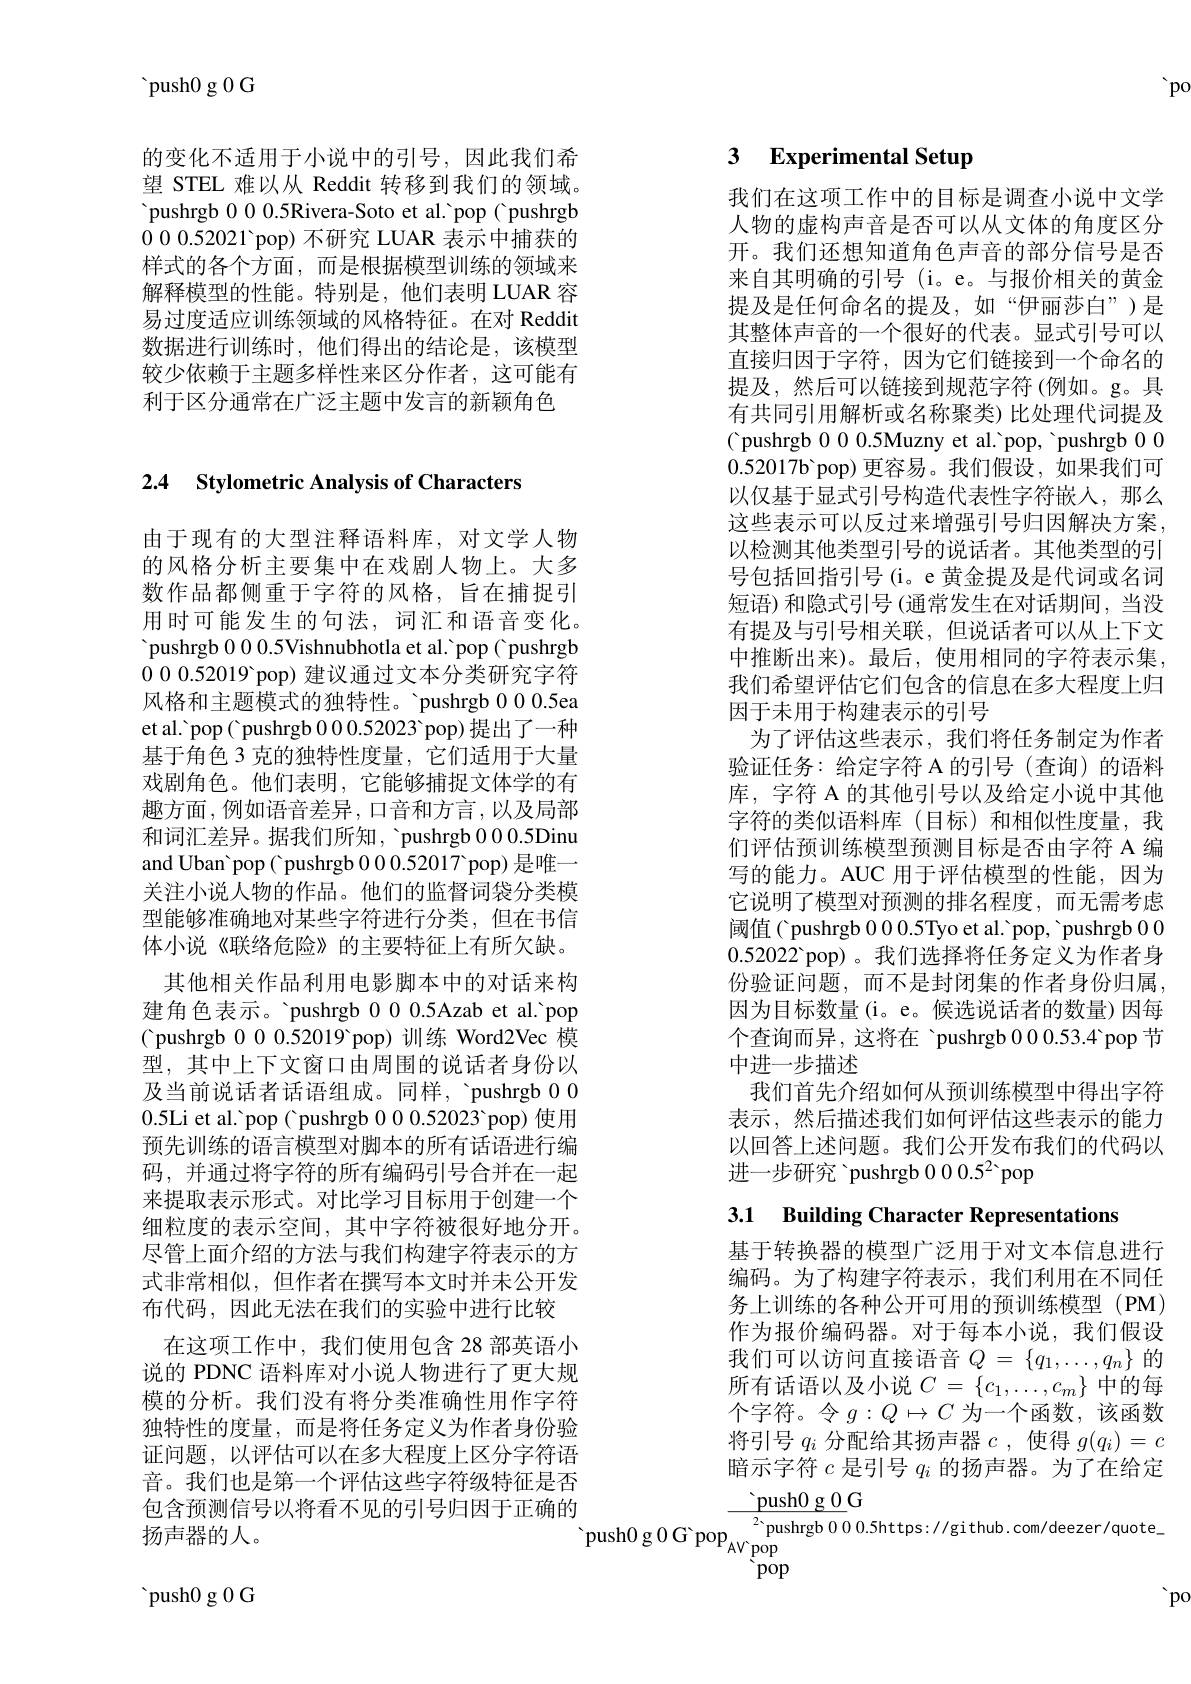
'po

2.4 Stylometric Analysis of Characters

由于现有的大型注释语料库，对文学人物的风格分析主要集中在戏剧人物上。大多数作品都侧重于字符的风格，旨在捕捉引用时可能发生的句法，词汇和语音变化。' pushrgb 000.5Vishnubhotla et al.'pop( pushrgb 0 0 0.52019 pop) 建议通过文本分类研究字符风格和主题模式的独特性。'pushrgb 000.5ea et al. 'pop( 'pushrgb 0 0 0.52023 'pop) 提出了一种基于角色 3 克的独特性度量，它们适用于大量戏剧角色。他们表明，它能够捕捉文体学的有趣方面，例如语音差异，口音和方言，以及局部和词汇差异。据我们所知，'pushrgb 0 0 0.5Dinu and Uban 'pop( pushrgb 0.0.52017 pop) 是唯一关注小说人物的作品。他们的监督词袋分类模型能够准确地对某些字符进行分类，但在书信体小说《联络危险》的主要特征上有所欠缺。其他相关作品利用电影脚本中的对话来构
建角色表示。'pushrgb 000.5Azab et al.'pop ( pushrgb 0 0 0.52019 pop) 训练 Word2Vec 模型，其中上下文窗口由周围的说话者身份以及当前说话者话语组成。同样，ˋpushrgb 0 00.5Li et al.'pop('pushrgb 00.0.52023 pop)使用预先训练的语言模型对脚本的所有话语进行编码，并通过将字符的所有编码引号合并在一起来提取表示形式。对比学习目标用于创建一个细粒度的表示空间，其中字符被很好地分开。尽管上面介绍的方法与我们构建字符表示的方式非常相似，但作者在撰写本文时并未公开发布代码，因此无法在我们的实验中进行比较
在这项工作中，我们使用包含 28 部英语小说的 PDNC 语料库对小说人物进行了更大规模的分析。我们没有将分类准确性用作字符独特性的度量，而是将任务定义为作者身份验证问题，以评估可以在多大程度上区分字符语音。我们也是第一个评估这些字符级特征是否包含预测信号以将看不见的引号归因于正确的扬声器的人。

 push0 g 0 G

${\mathrm{~push0~g~0~G}}$

的变化不适用于小说中的引号，因此我们希望 STEL 难以从 Reddit 转移到我们的领域。'pushrgb 000.5Rivera-Soto et al.'pop( pushrgb 000.52021 pop) 不研究 LUAR 表示中捕获的样式的各个方面，而是根据模型训练的领域来解释模型的性能。特别是，他们表明 LUAR 容易过度适应训练领域的风格特征。在对 Reddit 数据进行训练时，他们得出的结论是，该模型较少依赖于主题多样性来区分作者，这可能有利于区分通常在广泛主题中发言的新颖角色

# 3 Experimental Setup

我们在这项工作中的目标是调查小说中文学人物的虚构声音是否可以从文体的角度区分开。我们还想知道角色声音的部分信号是否来自其明确的引号(i。e。与报价相关的黄金提及是任何命名的提及，如“伊丽莎白”)是其整体声音的一个很好的代表。显式引号可以直接归因于字符，因为它们链接到一个命名的提及，然后可以链接到规范字符 (例如。g。具有共同引用解析或名称聚类)比处理代词提及( pushrgb 00.5Muzny et al.'pop, 'pushrgb 000.52017b'pop)更容易。我们假设，如果我们可以仅基于显式引号构造代表性字符嵌人，那么这些表示可以反过来增强引号归因解决方案， 以检测其他类型引号的说话者。其他类型的引号包括回指引号(i。e 黄金提及是代词或名词短语)和隐式引号 (通常发生在对话期间，当没有提及与引号相关联，但说话者可以从上下文中推断出来)。最后，使用相同的字符表示集， 我们希望评估它们包含的信息在多大程度上归因于未用于构建表示的引号
为了评估这些表示，我们将任务制定为作者验证任务：给定字符 A 的引号(查询)的语料库，字符 A 的其他引号以及给定小说中其他字符的类似语料库(目标)和相似性度量，我们评估预训练模型预测目标是否由字符 A 编写的能力。AUC 用于评估模型的性能，因为它说明了模型对预测的排名程度，而无需考虑阈值( pushrgb 00.0.5Tyo et al.'pop, 'pushrgb 000.52022 pop)。我们选择将任务定义为作者身份验证问题，而不是封闭集的作者身份归属， 因为目标数量(i。e。候选说话者的数量)因每个查询而异，这将在 'pushrgb 000.53.4 pop 节中进一步描述
我们首先介绍如何从预训练模型中得出字符表示，然后描述我们如何评估这些表示的能力以回答上述问题。我们公开发布我们的代码以进一步研究 'pushrgb $000.5^2$ pop

3.1 Building Character Representations

基于转换器的模型广泛用于对文本信息进行编码。为了构建字符表示，我们利用在不同任务上训练的各种公开可用的预训练模型(PM) 作为报价编码器。对于每本小说，我们假设我们可以访问直接语音$Q=\{q_1,\ldots,q_n\}$的所有话语以及小说$C=\{c_1,\ldots,c_m\}$中的每个字符。令$g:Q\mapsto C$为一个函数，该函数将引号$q_i$分配给其扬声器$c$ , 使得$g(q_i)=c$ 暗示字符$c$是引号$q_i$的扬声器。为了在给定$\underline{\text{push}0\:\mathrm{g~0}\:\mathrm{G}}$
$\mathrm{~push0~g~0~G~pop}_{\mathrm{AV~pop}}^{2\text{ pushrgb }0~0~0.5https://gi~thub.com/deezer/quote_{-}}$

$\overset{\mathrm{'pop}}{\operatorname*{\operatorname*{\operatorname*{pop}}}}$

$po$